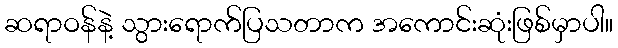
ဆရာဝန်နဲ့ သွားရောက်ပြသတာက အကောင်းဆုံးဖြစ်မှာပါ။